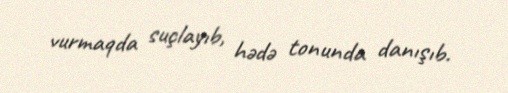
vurmaqda suçlayıb, hədə tonunda danışıb.